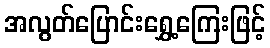
အလွတ်ပြောင်းရွှေ့ကြေးဖြင့်